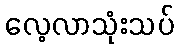
လေ့လာသုံးသပ်